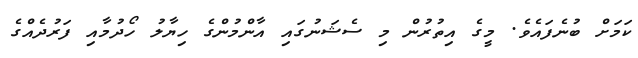
ކަމަށް ބުނެފައެވެ. މީގެ އިތުރުން މި ސެޝަނުގައި އާންމުންގެ ހިޔާލު ހޯދުމާއި ފަރުދެއްގެ